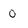
Character: o